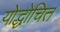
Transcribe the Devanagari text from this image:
योद्धोचित